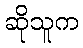
ဆိုသူက